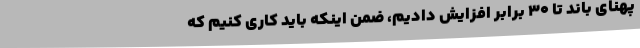
پهنای باند تا 30 برابر افزایش دادیم، ضمن اینکه باید کاری کنیم که